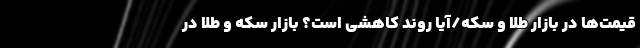
قیمت‌ها در بازار طلا و سکه/آیا روند کاهشی است؟ بازار سکه و طلا در